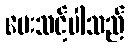
ပေးသင့်ပါသည်